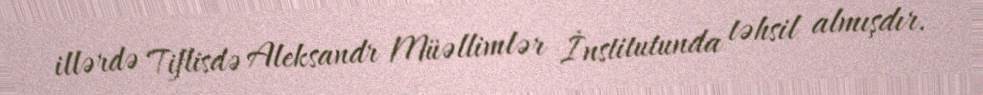
illərdə Tiflisdə Aleksandr Müəllimlər İnstitutunda təhsil almışdır.